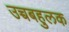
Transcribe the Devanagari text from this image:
उच्चबहुलक